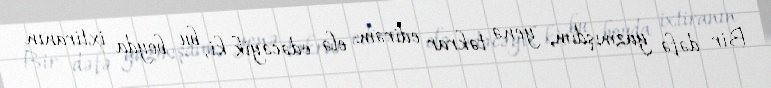
Bir dəfə yazmışdım, yenə təkrar edirəm: elə edəcəyik ki, bu boyda ixtiranın